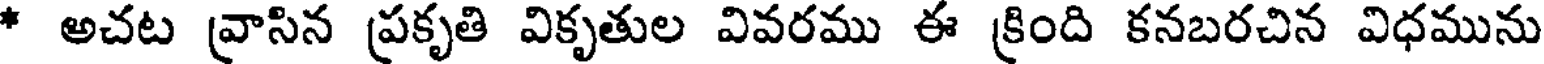
* అచట వ్రాసిన ప్రకృతి వికృతుల వివరము ఈ క్రింది కనబరచిన విధమును